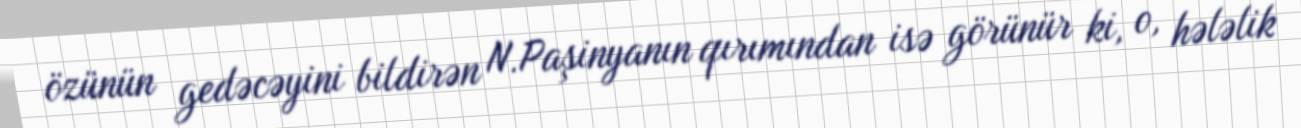
özünün gedəcəyini bildirən N.Paşinyanın qırımından isə görünür ki, o, hələlik